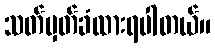
သတ်မှတ်ခံထားရပါတယ်။